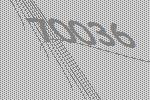
70036